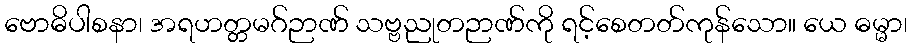
ဗောဓိပါစနာ၊ အရဟတ္တမဂ်ဉာဏ် သဗ္ဗညုတဉာဏ်ကို ရင့်စေတတ်ကုန်သော။ ယေ ဓမ္မာ၊